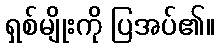
ရှစ်မျိုးကို ပြအပ်၏။